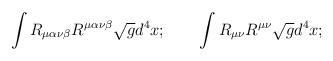
LaTeX: \begin{align*} \int R_{\mu\alpha\nu\beta}R^{\mu\alpha\nu\beta}\sqrt{g}d^{4}x; \qquad\int R_{\mu\nu}R^{\mu\nu}\sqrt{g}d^{4}x;\end{align*}